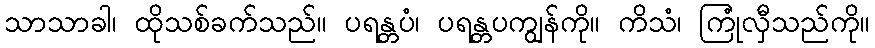
သာသာခါ၊ ထိုသစ်ခက်သည်။ ပရန္တပံ၊ ပရန္တပကျွန်ကို။ ကိသံ၊ ကြုံလှီသည်ကို။